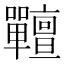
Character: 𡆎